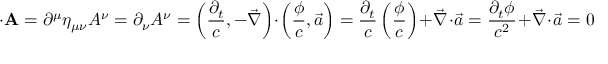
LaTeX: \mathbf { \partial } \cdot \mathbf { A } = \partial ^ { \mu } \eta _ { \mu \nu } A ^ { \nu } = \partial _ { \nu } A ^ { \nu } = \left( { \frac { \partial _ { t } } { c } } , - { \vec { \nabla } } \right) \cdot \left( { \frac { \phi } { c } } , { \vec { a } } \right) = { \frac { \partial _ { t } } { c } } \left( { \frac { \phi } { c } } \right) + { \vec { \nabla } } \cdot { \vec { a } } = { \frac { \partial _ { t } \phi } { c ^ { 2 } } } + { \vec { \nabla } } \cdot { \vec { a } } = 0